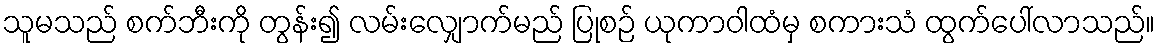
သူမသည် စက်ဘီးကို တွန်း၍ လမ်းလျှောက်မည် ပြုစဉ် ယုကာဝါထံမှ စကားသံ ထွက်ပေါ်လာသည်။